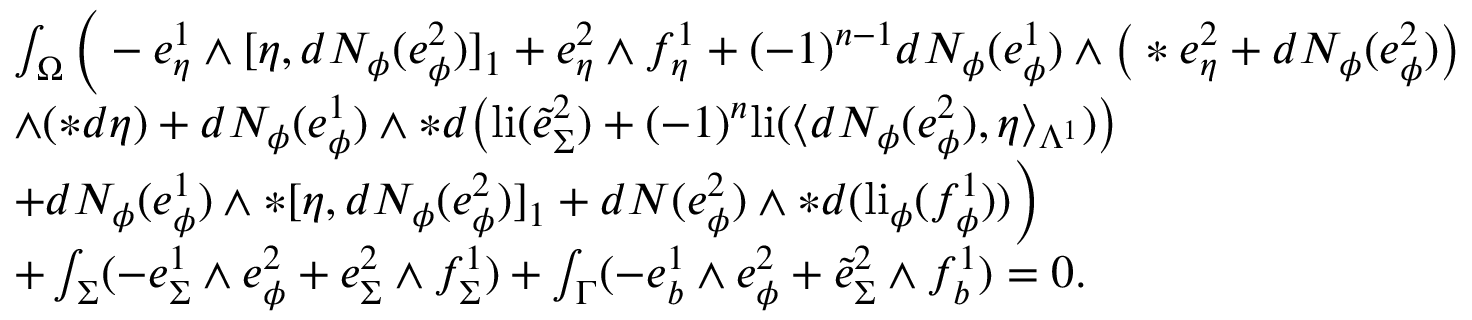
\begin{array} { r l } & { \int _ { \Omega } \Big ( - e _ { \eta } ^ { 1 } \wedge [ \eta , d N _ { \phi } ( e _ { \phi } ^ { 2 } ) ] _ { 1 } + e _ { \eta } ^ { 2 } \wedge f _ { \eta } ^ { 1 } + ( - 1 ) ^ { n - 1 } d N _ { \phi } ( e _ { \phi } ^ { 1 } ) \wedge \big ( \ast e _ { \eta } ^ { 2 } + d N _ { \phi } ( e _ { \phi } ^ { 2 } ) \big ) } \\ & { \wedge ( \ast d \eta ) + d N _ { \phi } ( e _ { \phi } ^ { 1 } ) \wedge \ast d \big ( \mathrm { l i } ( \tilde { e } _ { \Sigma } ^ { 2 } ) + ( - 1 ) ^ { n } \mathrm { l i } ( \langle d N _ { \phi } ( e _ { \phi } ^ { 2 } ) , \eta \rangle _ { \Lambda ^ { 1 } } ) \big ) } \\ & { + d N _ { \phi } ( e _ { \phi } ^ { 1 } ) \wedge \ast [ \eta , d N _ { \phi } ( e _ { \phi } ^ { 2 } ) ] _ { 1 } + d N ( e _ { \phi } ^ { 2 } ) \wedge \ast d ( \mathrm { l i } _ { \phi } ( f _ { \phi } ^ { 1 } ) ) \Big ) } \\ & { + \int _ { \Sigma } ( - e _ { \Sigma } ^ { 1 } \wedge e _ { \phi } ^ { 2 } + e _ { \Sigma } ^ { 2 } \wedge f _ { \Sigma } ^ { 1 } ) + \int _ { \Gamma } ( - e _ { b } ^ { 1 } \wedge e _ { \phi } ^ { 2 } + \tilde { e } _ { \Sigma } ^ { 2 } \wedge f _ { b } ^ { 1 } ) = 0 . } \end{array}